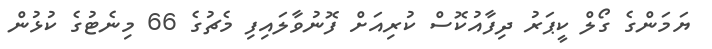
ޔަމަންގެ ގޯލް ކީޕަރު ދިފާއުކޮސް ކުރިއަށް ފޮނުވާލައިފި މެޗުގެ 66 މިނެޓުގެ ކުޅުން